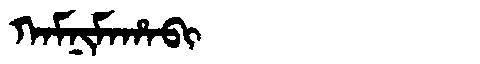
Manchu: ᡴᠠᠮᠨᡳᠮᠠᡥᠠᠪᡳ
Romanization: KAMNIMAHABI